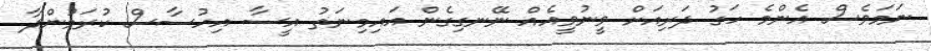
ނަމަވެސް އެންމެ ހަގު ދަރިއަށް ވީނުވީއެއް ނޭނގިގެން އައިމިނަތު އީސާ އިހުސާސް ކުރަމުންދާ